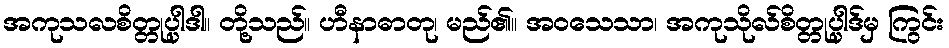
အကုသလစိတ္တုပ္ပါဒါ။ တို့သည်။ ဟီနာဓာတု၊ မည်၏။ အဝသေသာ၊ အကုသိုလ်စိတ္တုပ္ပါဒ်မှ ကြွင်း